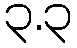
၃.၃